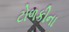
ટોળકીના